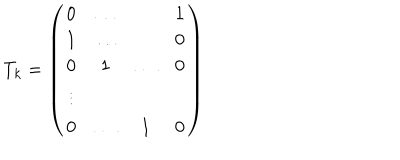
LaTeX: T _ { k } = \left( \begin{array} { c c c c } { { 0 } } & { { \ldots } } & { { } } & { { 1 } } \\ { { 1 } } & { { \ldots } } & { { } } & { { 0 } } \\ { { 0 } } & { { 1 } } & { { \ldots } } & { { 0 } } \\ { { \vdots } } & { { } } & { { } } & { { } } \\ { { 0 } } & { { \ldots } } & { { 1 } } & { { 0 } } \\ \end{array} \right)